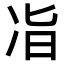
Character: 𫥉